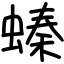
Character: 螓